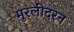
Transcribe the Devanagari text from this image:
मुरलीदरन